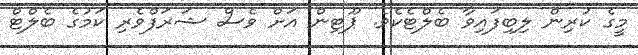
މީގެ ކުރިން ލިބިފައިވާ ބެލްޓެކެވެ. ޕޫޓިން އަށް ވެސް ޝަރަފްވެރި ކަމުގެ ބެލްޓް